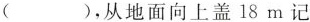
（ ），从地面向上盖18m记